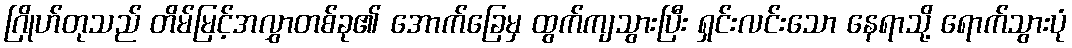
ဂြိုဟ်တုသည် တိမ်မြင့်အလွှာတစ်ခု၏ အောက်ခြေမှ ထွက်ကျသွားပြီး ရှင်းလင်းသော နေရာသို့ ရောက်သွားပုံ